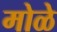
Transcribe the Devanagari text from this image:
मोळे